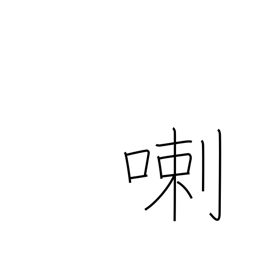
Meaning: rattle on